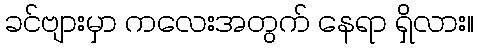
ခင်ဗျားမှာ ကလေးအတွက် နေရာ ရှိလား။